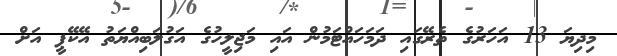
މިދިޔަ 13 އަހަރުގެ ތެރޭގައި ދަމަހައްޓަމުން އައި މަޖިލީހުގެ އަގުލަބިއްޔަތު އޭކޭޕީ އަށް